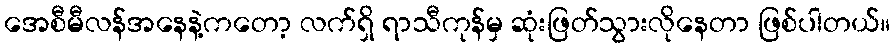
အေစီမီလန်အနေနဲ့ကတော့ လက်ရှိ ရာသီကုန်မှ ဆုံးဖြတ်သွားလိုနေတာ ဖြစ်ပါတယ်။